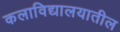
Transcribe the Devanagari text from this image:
कलाविद्यालयातील